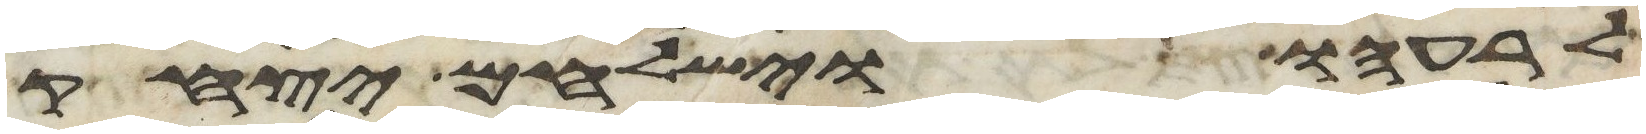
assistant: לרעהו וישלחם יצחק